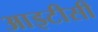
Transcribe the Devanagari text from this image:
आइटीसी